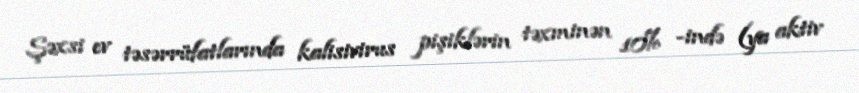
Şəxsi ev təsərrüfatlarında kalisivirus pişiklərin təxminən 10% -ində (ya aktiv